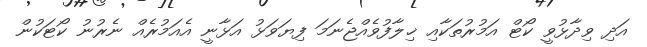
އަދި ވިދާޅުވީ ކޯޓް އަމުރުތަކާއި ޚިލާފުވެއްޖެނަމަ ފިޔަވަޅު އަޅާނީ އެއަމުރެއް ނެރުނު ކޯޓަކުން